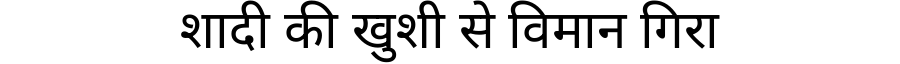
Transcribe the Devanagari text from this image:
शादी की खुशी से विमान गिरा